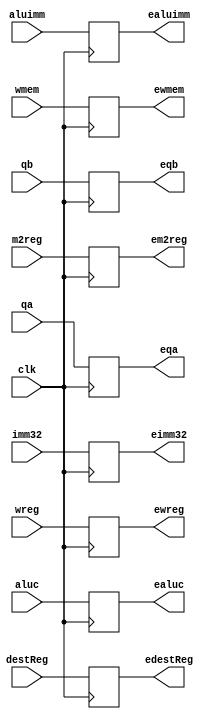
`timescale 1ns / 1ps
//////////////////////////////////////////////////////////////////////////////////
// Company: 
// Engineer: 
// 
// Design Name: 
// Module Name:
// Project Name: 
// Target Devices: 
// Tool Versions: 
// Description: 
// 
// Dependencies: 
// 
// Revision:
// Revision 0.01 - File Created
// Additional Comments:
// 
//////////////////////////////////////////////////////////////////////////////////
module IDEXEpipeline( 
    input wreg,
    input m2reg,
    input wmem,
    input [3:0] aluc,
    input aluimm,
    input [4:0] destReg,
    input [31:0] qa,
    input [31:0] qb,
    input [31:0] imm32,
    input clk,

    output reg ewreg,
    output reg em2reg,
    output reg ewmem,
    output reg [3:0] ealuc,
    output reg ealuimm,
    output reg [4:0] edestReg,
    output reg [31:0] eqa,
    output reg [31:0] eqb,
    output reg [31:0] eimm32
    );
    
    always @ (posedge clk)
        begin
            ewreg = wreg;
            em2reg = m2reg;
            ewmem = wmem;
            ealuc = aluc;
            ealuimm = aluimm;
            edestReg = destReg;
            eqa = qa;
            eqb = qb;
            eimm32 = imm32;
        end
endmodule